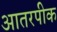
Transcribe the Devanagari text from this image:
आतरपीक